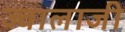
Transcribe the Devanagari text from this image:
ज्‍वालाजी